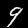
Digit: 9